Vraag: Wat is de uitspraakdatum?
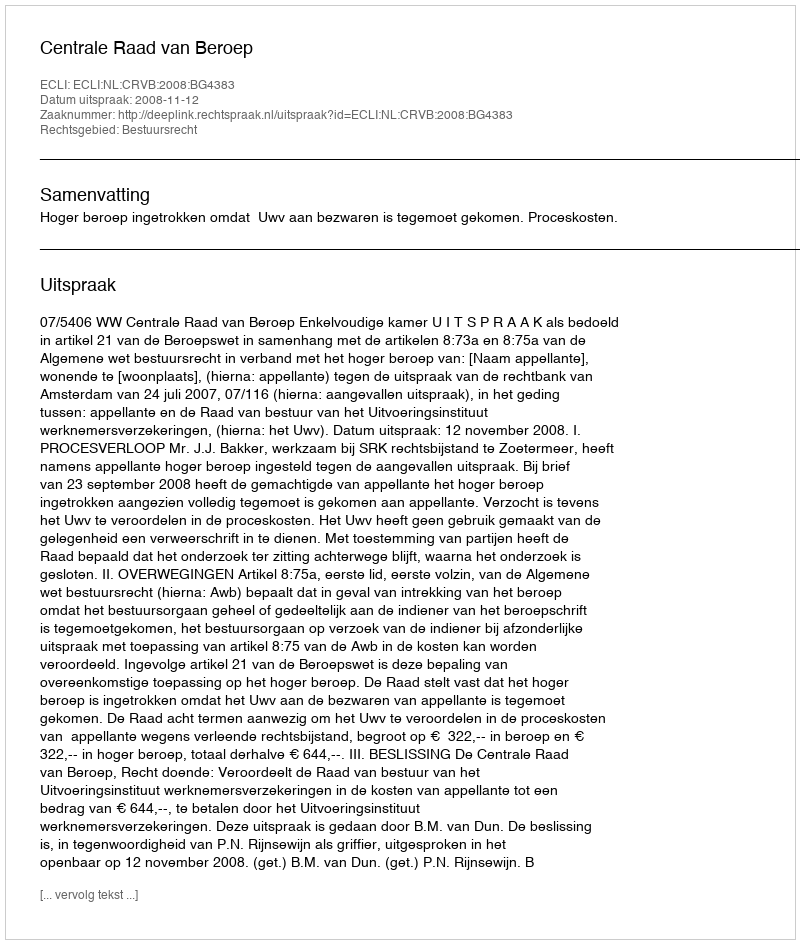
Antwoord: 2008-11-12